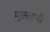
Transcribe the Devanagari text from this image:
मुल्लानी